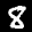
Label: 8